Report of the Indian Hemp Drugs Commission, 1894-1895 - Volume VI
Year: 1894
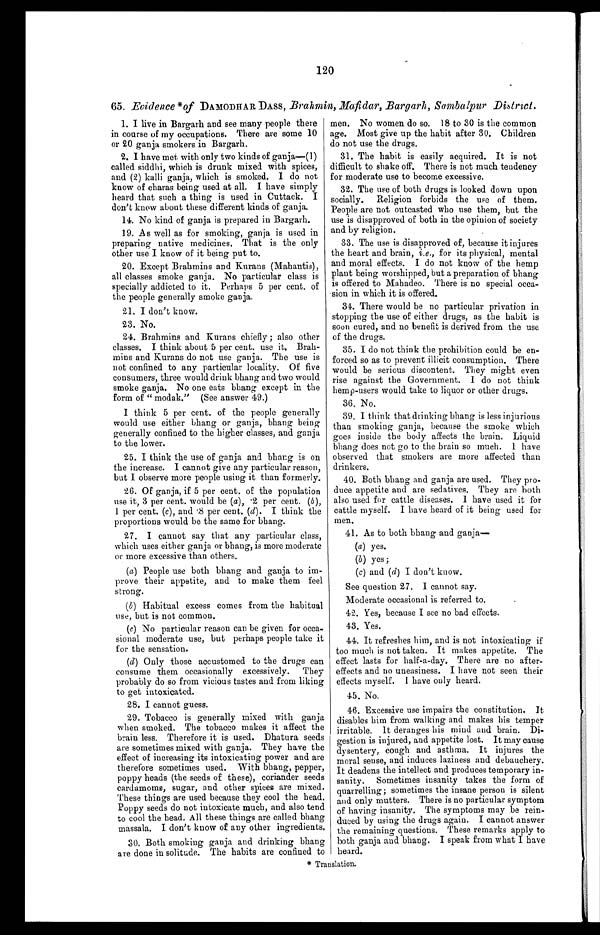
120
65. Evidence * of DAMODHAR DASS, Brahmin, Mafidar, Bargarh, Sambalpur District.
1. I live in Bargarh and see many people there
in course of my occupations. There are some 10
or 20 ganja smokers in Bargarh.
2. I have met with only two kinds of ganja—(1)
cal l ed s i ddhi , whi ch i s dr unk mi xed wi t h s pi ces ,
and (2) kalli ganja, which is smoked. I do not
know of charas being used at all. I have simply
heard that such a thing is used in Cuttack. I
don't know about these different kinds of ganja.
14. No kind of ganja is prepared in Bargarh.
19. As well as for smoking, ganja is used in
preparing native medicines. That is the only
other use I know of it being put to.
20. Except Brahmins and Kurans (Mahantis),
all classes smoke ganja. No particular class is
specially addicted to it. Perhaps 5 per cent. of
the people generally smoke ganja.
21. I don't know.
23. No.
24. Brahmins and Kurans chiefly; also other
classes. I think about 5 per cent. use it. Brah
- m i n s a n d K u r a n s d o n o t u s e g a n j a . T h e u s e i s
not confined to any particular locality. Of five
consumers, three would drink bhang and two would
smoke ganja. No one eats bhang except in the
form of "modak." (See answer 49.)
I think 5 per cent. of the people generally
would use either bhang or ganja, bhang being
generally confined to the higher classes, and ganja
to the lower.
25. I think the use of ganja and bhang is on
the increase. I cannot give any particular reason,
but I observe more people using it than formerly.
26. Of ganja, if 5 per cent. of the population
use it, 3 per cent. would be ( a), .2 per cent. (b),
1 per cent. (c), and , . 8 per cent . (d ) . I t h i n k t h e
proportions would be the same for bhang.
27. I cannot say that any particular class,
which uses either ganja or bhang, is more moderate
or more excessive than others.
(a) People use both bhang and ganja to im
- p r o v e t h e i r a p p e t i t e , a n d t o m a k e t h e m f e e l
strong.
(b) Habitual excess comes from the habitual
use, but is not common.
(c) No particular reason can be given for occa
- s i o n a l m o d e r a t e u s e , b u t p e r h a p s p e o p l e t a k e i t
for the sensation.
(d) Only those accustomed to the drugs can
consume them occasionally excessively. They
probably do so from vicious tastes and from liking
to get intoxicated.
28. I cannot guess.
29. Tobacco is generally mixed with ganja
when smoked. The tobacco makes it affect the
brain less. Therefore it is used. Dhatura seeds
are sometimes mixed with ganja. They have the
effect of increasing its intoxicating power and are
therefore sometimes used. With bhang, pepper,
poppy heads (the seeds of these), coriander seeds
cardamoms, sugar, and other spices are mixed.
These things are used because they cool the head.
Poppy seeds do not intoxicate much, and also tend
to cool the head. All these things are called bhang
massala. I don't know of any other ingredients.
30. Both smoking ganja and drinking bhang
are done in solitude. The habits are confined to
men. No women do so. 18 to 30 is the common
age. Most give up the habit after 30. Children
do not use the drugs.
31. The habit is easily acquired. It is not
difficult to shake off. There is not much tendency
for moderate use to become excessive.
32. The use of both drugs is looked down upon
socially. Religion forbids the use of them.
People are not outcasted who use them, but the
use is disapproved of both in the opinion of society
and by religion.
33. The use is disapproved of, because it injures
the heart and brain, i.e ., for its physical, mental
and moral effects. I do not know of the hemp
plant being worshipped, but a preparation of bhang
is offered to Mahadeo. There is no special occa
- s i o n i n w h i c h i t i s o f f e r e d .
34. There would be no particular privation in
stopping the use of either drugs, as the habit is
soon cured, and no benefit is derived from the use
of the drugs.
35. I do not think the prohibition could be en
- f o r c e d s o a s t o p r e v e n t i l l i c i t c o n s u m p t i o n . T h e r e
would be serious discontent. They might even
rise against the Government. I do not think
hemp-users would take to liquor or other drugs.
36. No.
39. I think that drinking bhang is less injurious
than smoking ganja, because the smoke which
goes inside the body affects the brain. Liquid
bhang does not go to the brain so much. I have
observed that smokers are more affected than
drinkers,
40. Both bhang and ganja are used. They pro
- d u c e a p p e t i t e a n d a r e s e d a t i v e s . T h e y a r e b o t h
also used for cattle diseases. I have used it for
cattle myself. I have heard of it being used for
men.
41. As to both bhang and ganja
—
(a) yes.
(b) yes;
(c) and (d) I don't know.
See question 27. I cannot say.
Moderate occasional is referred to.
42. Yes, because I see no bad effects.
43. Yes.
44. It refreshes him, and is not intoxicating if
too much is not taken. It makes appetite. The
effect lasts for half-a-day. There are no after
- e f f e c t s a n d n o u n e a s i n e s s . I h a v e n o t s e e n t h e i r
effects myself. I have only heard.
45. No.
46. Excessive use impairs the constitution. It
disables him from walking and makes his temper
irritable. It deranges his mind and brain. Di
- g e s t i o n i s i n j u r e d , a n d a p p e t i t e l o s t . I t m a y c a u s e
dysentery, cough and asthma. It injures the
moral sense, and induces laziness and debauchery.
It deadens the intellect and produces temporary in
- s a n i t y . S o m e t i m e s i n s a n i t y t a k e s t h e f o r m o f
quarrelling; sometimes the insane person is silent
and only mutters. There is no particular symptom
of having insanity. The symptoms may be rein
- d u c e d b y u s i n g t h e d r u g s a g a i n . I c a n n o t a n s w e r
the remaining questions. These remarks apply to
both ganja and bhang. I speak from what I have
h e a r d .
* Translation.